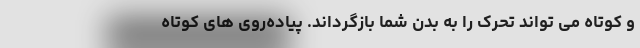
و کوتاه می تواند تحرک را به بدن شما بازگرداند. پیاده‌روی های کوتاه